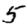
Digit: 5